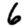
Digit: 6